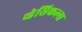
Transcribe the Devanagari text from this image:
व्हेसिकल्स